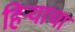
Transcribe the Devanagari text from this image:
हिर्‍याचा